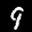
Label: 9